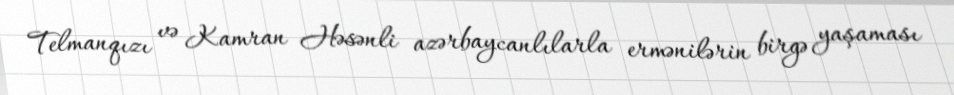
Telmanqızı və Kamran Həsənli azərbaycanlılarla ermənilərin birgə yaşaması